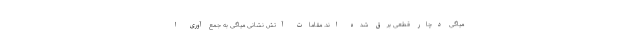
میاگی دچار قطعی برق شده اند. مقامات آتش نشانی میاگی به جمع آوری ا